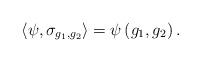
LaTeX: \begin{align*} \left<\psi,\sigma_{g_1,g_2}\right>=\psi\left(g_1,g_2\right). \end{align*}